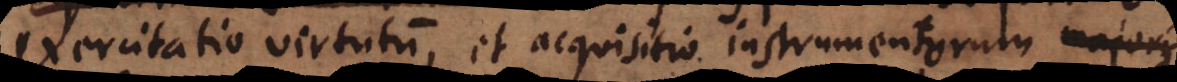
exercitatio virtutum, et acquisitio instrumentorum majoris